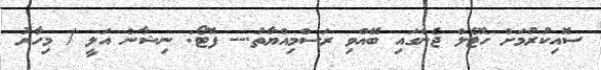
ސޮއިކުރުމަށް ހޮޓެލް ޖެންގައި ބޭއްވި ރަސްމިއްޔާތު.-- ފޮޓޯ: ނިޝާން އަލީ / މިހާރު